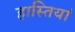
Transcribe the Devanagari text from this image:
हास्तियां